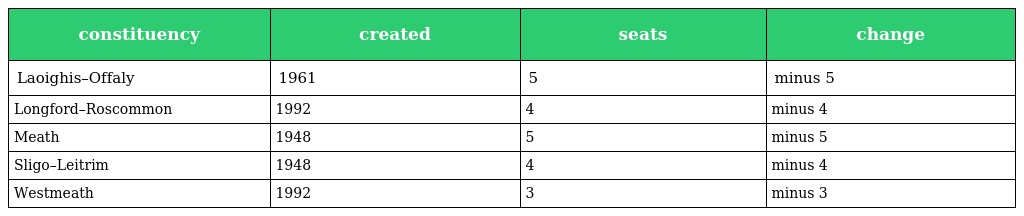
| constituency | created | seats | change |
 | --- | --- | --- | --- |
 | Laoighis–Offaly | 1961 | 5 | minus 5 |
 | Longford–Roscommon | 1992 | 4 | minus 4 |
 | Meath | 1948 | 5 | minus 5 |
 | Sligo–Leitrim | 1948 | 4 | minus 4 |
 | Westmeath | 1992 | 3 | minus 3 |